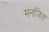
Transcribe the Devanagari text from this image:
मनजित